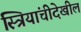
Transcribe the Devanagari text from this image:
स्त्रियांचीदेखील